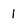
Character: 1